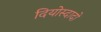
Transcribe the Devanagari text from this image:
दियोस्दादो